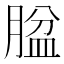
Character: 𱼐